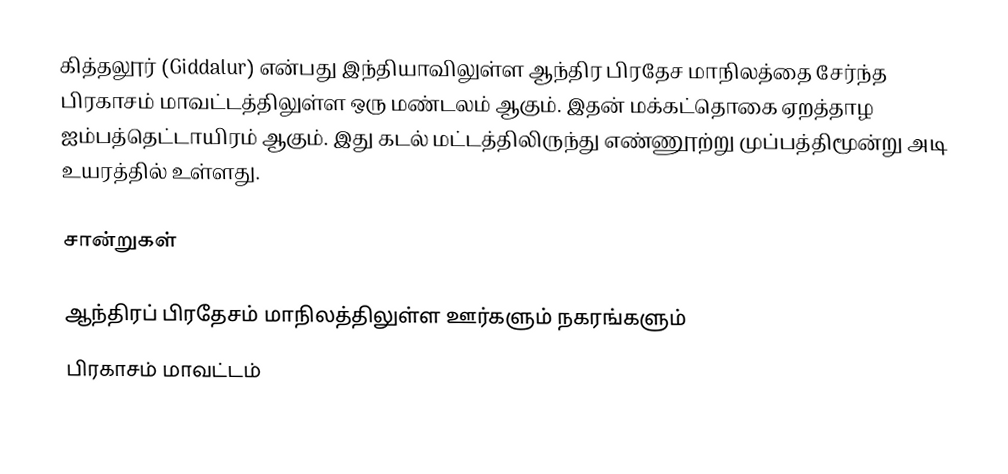
கித்தலூர் (Giddalur) என்பது இந்தியாவிலுள்ள ஆந்திர பிரதேச மாநிலத்தை சேர்ந்த பிரகாசம் மாவட்டத்திலுள்ள ஒரு மண்டலம் ஆகும். இதன் மக்கட்தொகை ஏறத்தாழ ஐம்பத்தெட்டாயிரம் ஆகும். இது கடல் மட்டத்திலிருந்து எண்ணூற்று முப்பத்திமூன்று அடி உயரத்தில் உள்ளது.

சான்றுகள்

ஆந்திரப் பிரதேசம் மாநிலத்திலுள்ள ஊர்களும் நகரங்களும்
பிரகாசம் மாவட்டம்